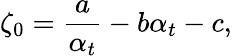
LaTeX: \zeta_{0}=\frac{a}{\alpha_{t}}-b\alpha_{t}-c,